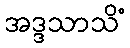
အဒ္ဒသာသိံ